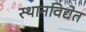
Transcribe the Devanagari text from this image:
स्थानविद्येत